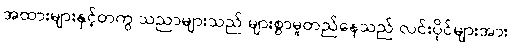
အထားများနှင့်တကွ သညာများသည် များစွာမူတည်နေသည် လင်းပိုင်များအား